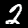
Label: 2